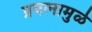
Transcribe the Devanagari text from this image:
प्रयत्‍नामुळे